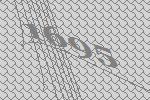
1695